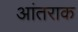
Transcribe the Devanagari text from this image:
आंतराक